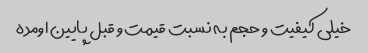
خیلی کیفیت و حجم به نسبت قیمت و قبل پایین اومده